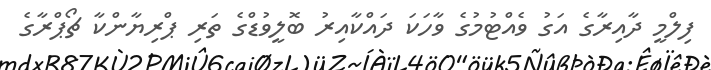
ފިލްމީ ދާއިރާގެ އަގު ވެއްޓުމުގެ ވާހަކަ ދައްކާއިރު ބޮލީވުޑްގެ ތަރި ޕްރިޔާންކާ ޗޯޕްރާގެ